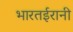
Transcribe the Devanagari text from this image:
भारतईरानी